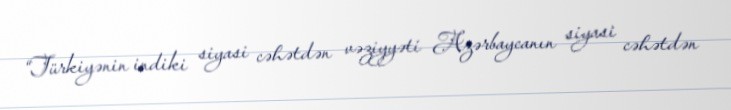
“Türkiyənin indiki siyasi cəhətdən vəziyyəti Azərbaycanın siyasi cəhətdən